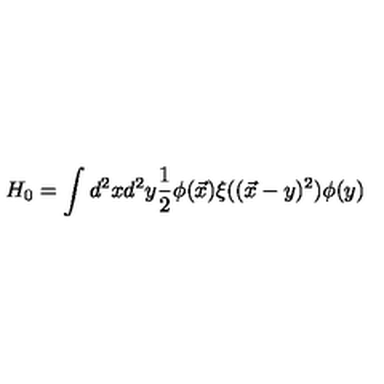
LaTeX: H _ { 0 } = \int d ^ { 2 } x d ^ { 2 } y \frac { 1 } { 2 } \phi ( \vec { x } ) \xi ( ( \vec { x } - y ) ^ { 2 } ) \phi ( y )